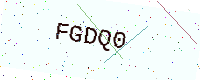
Text: FGDQ0